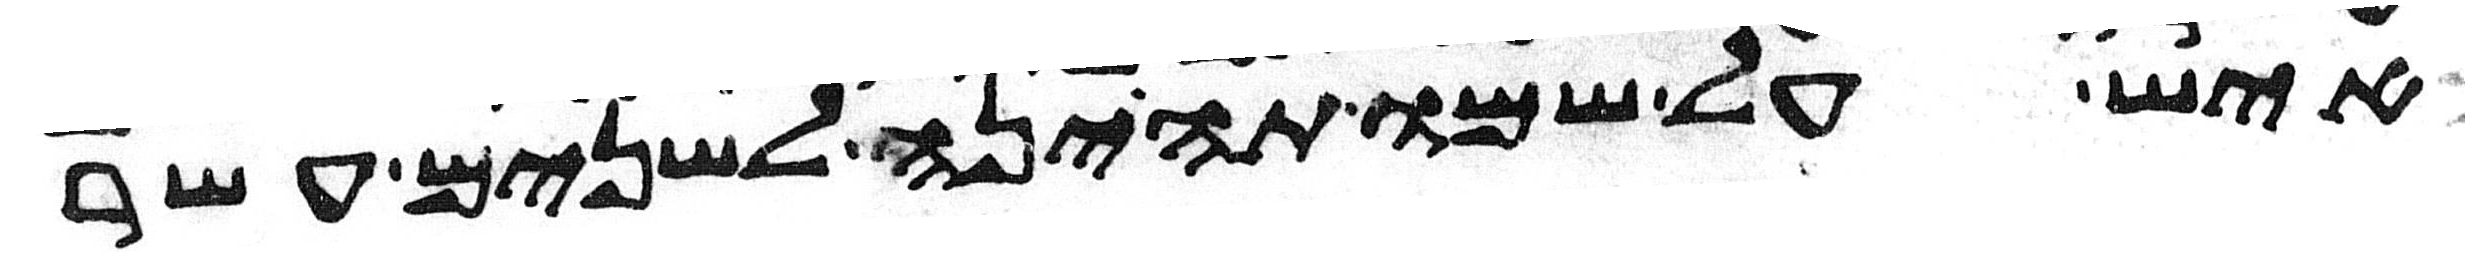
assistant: איש על שמו תהינה לשנים עשר